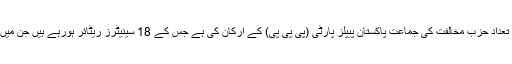
ریٹائر ہونے والے سینیٹروں میں سب سے زیادہ تعداد حزبِ مخالفت کی جماعت پاکستان پیپلز پارٹی (پی پی پی) کے ارکان کی ہے جس کے 18 سینیٹرز ریٹائر ہورہے ہیں جن میں سیینٹ کے چیئرمین رضا ربانی بھی شامل ہیں۔